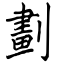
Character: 劃